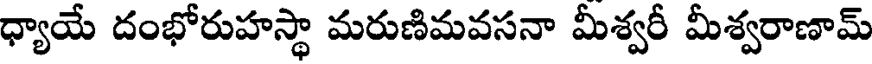
ధ్యాయే దంభోరుహస్థా మరుణిమవసనా మీశ్వరీ మీశ్వరాణామ్